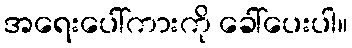
အရေးပေါ်ကားကို ခေါ်ပေးပါ။